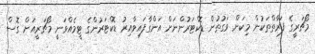
މޯޗަރީގެ ފަރާތްތަކުން މިކަން ވަގުތުން ޑޮކްޓަރުންނަށް އަންގާފައިވާއިރު ޑޮކްޓަރުންގެ ޓީމެއްވަނީ މޯޗަރީއަށް ގޮސް